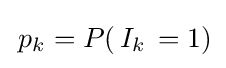
\,p_{k}=P(\,I_{k}\,=1)